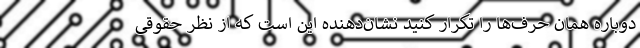
دوباره همان حرف‌ها را تکرار کنید نشان‌دهنده این است که از نظر حقوقی